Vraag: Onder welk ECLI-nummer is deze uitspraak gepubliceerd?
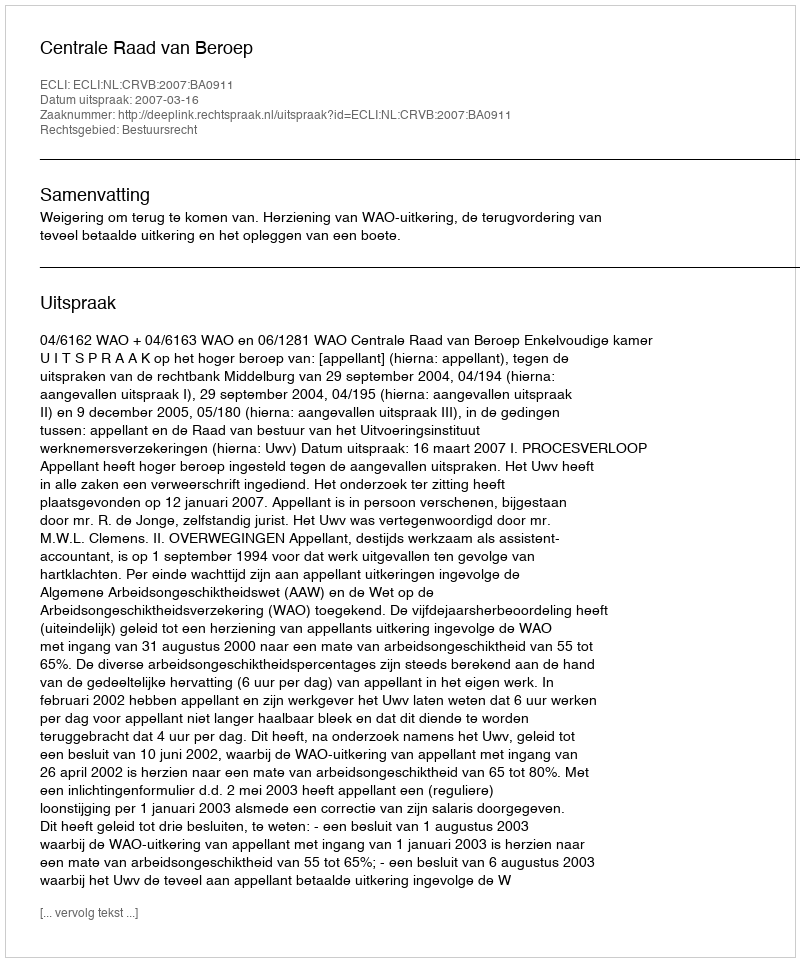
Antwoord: ECLI:NL:CRVB:2007:BA0911